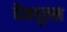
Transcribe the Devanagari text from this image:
वैनपूल्स